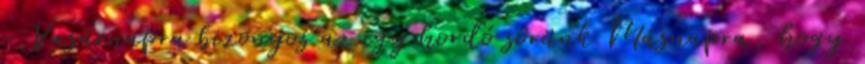
- Vasárnapra bizonyos az egy hordó sörünk Másnapra, hogy